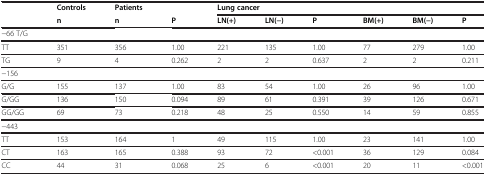
<table><thead><tr><td><b> </b></td><td><b>Controls</b></td><td><b>Patients</b></td><td><b> </b></td><td colspan="6"><b>Lung cancer</b></td></tr><tr><td><b> </b></td><td><b>n</b></td><td><b>n</b></td><td><b>P</b></td><td><b>LN(+)</b></td><td><b>LN(−)</b></td><td><b>P</b></td><td><b>BM(+)</b></td><td><b>BM(−)</b></td><td><b>P</b></td></tr></thead><tbody><tr><td>−66 T/G</td><td> </td><td> </td><td> </td><td> </td><td> </td><td> </td><td> </td><td> </td><td> </td></tr><tr><td>TT</td><td>351</td><td>356</td><td>1.00</td><td>221</td><td>135</td><td>1.00</td><td>77</td><td>279</td><td>1.00</td></tr><tr><td>TG</td><td>9</td><td>4</td><td>0.262</td><td>2</td><td>2</td><td>0.637</td><td>2</td><td>2</td><td>0.211</td></tr><tr><td>−156</td><td> </td><td> </td><td> </td><td> </td><td> </td><td> </td><td> </td><td> </td><td> </td></tr><tr><td>G/G</td><td>155</td><td>137</td><td>1.00</td><td>83</td><td>54</td><td>1.00</td><td>26</td><td>96</td><td>1.00</td></tr><tr><td>G/GG</td><td>136</td><td>150</td><td>0.094</td><td>89</td><td>61</td><td>0.391</td><td>39</td><td>126</td><td>0.671</td></tr><tr><td>GG/GG</td><td>69</td><td>73</td><td>0.218</td><td>48</td><td>25</td><td>0.550</td><td>14</td><td>59</td><td>0.855</td></tr><tr><td>−443</td><td> </td><td> </td><td> </td><td> </td><td> </td><td> </td><td> </td><td> </td><td> </td></tr><tr><td>TT</td><td>153</td><td>164</td><td>1</td><td>49</td><td>115</td><td>1.00</td><td>23</td><td>141</td><td>1.00</td></tr><tr><td>CT</td><td>163</td><td>165</td><td>0.388</td><td>93</td><td>72</td><td>&lt;0.001</td><td>36</td><td>129</td><td>0.084</td></tr><tr><td>CC</td><td>44</td><td>31</td><td>0.068</td><td>25</td><td>6</td><td>&lt;0.001</td><td>20</td><td>11</td><td>&lt;0.001</td></tr></tbody></table>